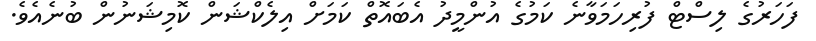
ފަހަރުގެ ލިސްޓް ފުރިހަމަވާނެ ކަމުގެ އުންމީދު އެބައޮތް ކަމަށް އިލެކްޝަން ކޮމިޝަނުން ބުނެއެވެ.